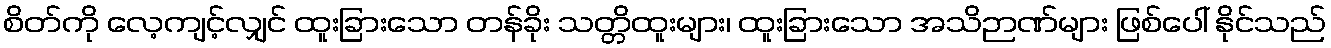
စိတ်ကို လေ့ကျင့်လျှင် ထူးခြားသော တန်ခိုး သတ္တိထူးများ၊ ထူးခြားသော အသိဉာဏ်များ ဖြစ်ပေါ် နိုင်သည်